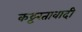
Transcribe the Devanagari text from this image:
कट्टरतावादी